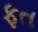
ફત